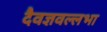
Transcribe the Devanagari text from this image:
दैवज्ञवल्लभा